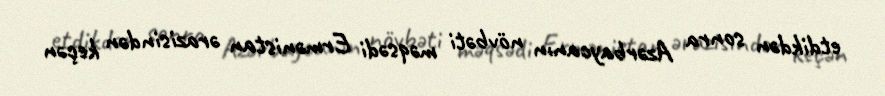
etdikdən sonra Azərbaycanın növbəti məqsədi Ermənistan ərazisindən keçən